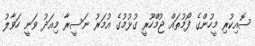
ސޮއިކުރި މީހުންގެ ފޯމުތައް ޖުމްހޫރީ ގުޅުމުގެ އުމަރު ނަސީރާ މިއަދު ވަނީ ހަވާލު